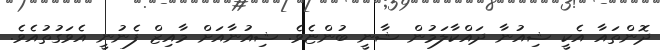
ދޮންތައާ އެކީ ޝިއުނާ ދައްކާލަމުން ޝާނީ ބުންޏެވެ. ޝިއުނާއަށް މާއިޒް ފެނުނީ އެވަގުތުއެވެ.